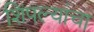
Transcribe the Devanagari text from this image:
शिंपल्यांचा